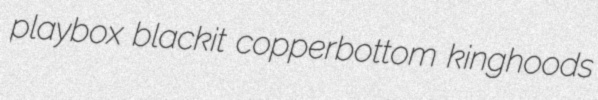
playbox blackit copperbottom kinghoods